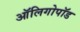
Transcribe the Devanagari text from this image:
ऑलिगोपॉड